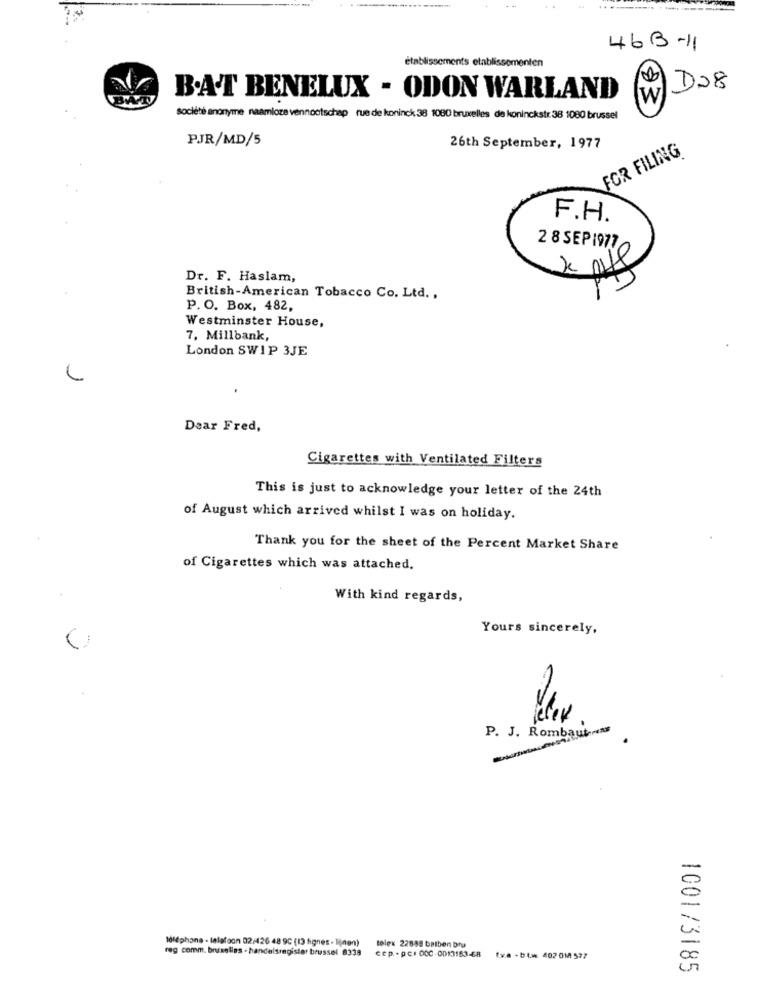
---
. ..
463-11
établissements etablissementen
D28
B.A.T BENELUX - ODON WARLAND
W
83
Société anonyme naamloze vennootschap rue de koninck 38 1080 bruxelles de koninckstr. 38 1080 brussel
PJR/MD/5
26th September, 1977
FOR FILING
F.H.
2 8 SEP 1977
Dr. F. Haslam,
British-American Tobacco Co. Ltd .,
P. O. Box, 482,
Westminster House,
7, Millbank,
London SW1P 3JE
.
Daar Fred,
Cigarettes with Ventilated Filters
This is just to acknowledge your letter of the 24th
of August which arrived whilst I was on holiday.
Thank you for the sheet of the Percent Market Share
of Cigarettes which was attached.
With kind regards,
Yours sincerely,
P. J. Rombaut
telephone - telefoon 02/426 48 9C (13 lignes - lijnen)
reg comm. bruxelles - handelsregister brussel 8338
tolex 22888 balben btu
cep. . per DOC.0013163-68
tva - bl 407 014 537
1001/3185